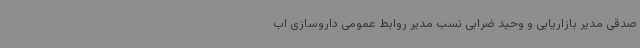
صدقی مدیر بازاریابی و وحید ضرابی نسب مدیر روابط عمومی داروسازی اب